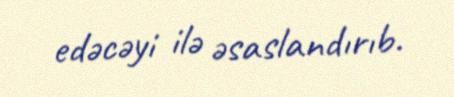
edəcəyi ilə əsaslandırıb.